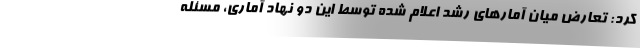
کرد: تعارض میان آمارهای رشد اعلام شده توسط این دو نهاد آماری، مسئله